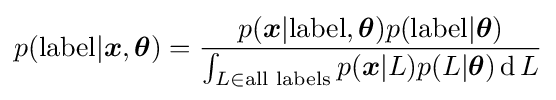
p({\rm {label}}|{\boldsymbol {x}},{\boldsymbol {\theta }})={\frac {p({{\boldsymbol {x}}|{\rm {label,{\boldsymbol {\theta }}}}})p({\rm {label|{\boldsymbol {\theta }}}})}{\int _{L\in {\text{all labels}}}p({\boldsymbol {x}}|L)p(L|{\boldsymbol {\theta }})\operatorname {d} L}}